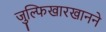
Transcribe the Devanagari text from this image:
जुल्फिखारखानने